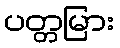
ပတ္တမြား